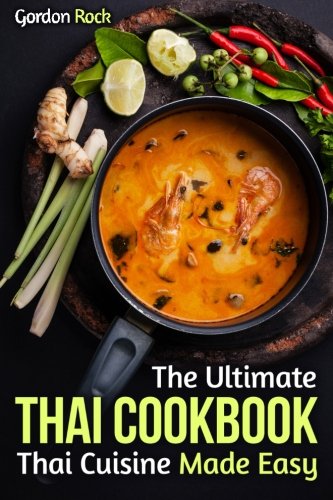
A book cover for The Ultimate Thai Cookbook: Thai Cuisine Made Easy (Thai Cooking Recipes); Gordon Rock; Cookbooks, Food & Wine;